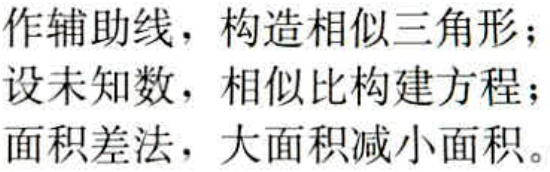
作辅助线，构造相似三角形；
设未知数，相似比构建方程；
面积差法，大面积减小面积。